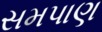
સમપાણ